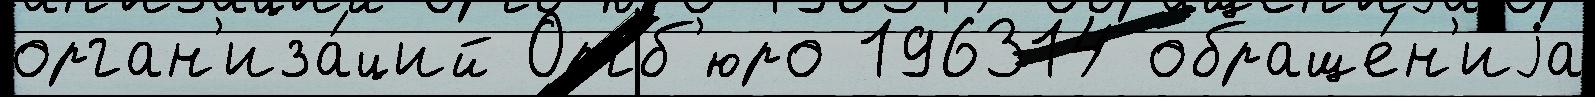
орган'иза́ций Оргб'юро 196314 обраще́н'иjа